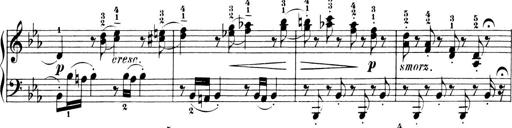
Title: 6 Piano Sonatinas
Composer: Cornelius Gurlitt